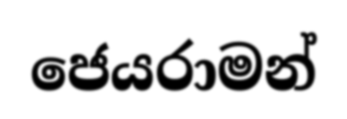
ජෙයරාමන්